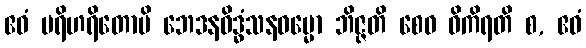
ဧဝံ ပရိဟရိတောပိ ဘေဒနဝိဒ္ဓံသနဓမ္မော ဘိဇ္ဇတိ စေဝ ဝိကိရတိ စ, ဧဝံ